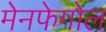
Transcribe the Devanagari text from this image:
मेनफेगोल